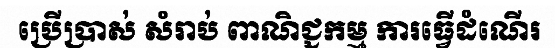
ប្រើប្រាស់ សំរាប់ ពាណិជ្ជកម្ម ការធ្វើដំណើរ